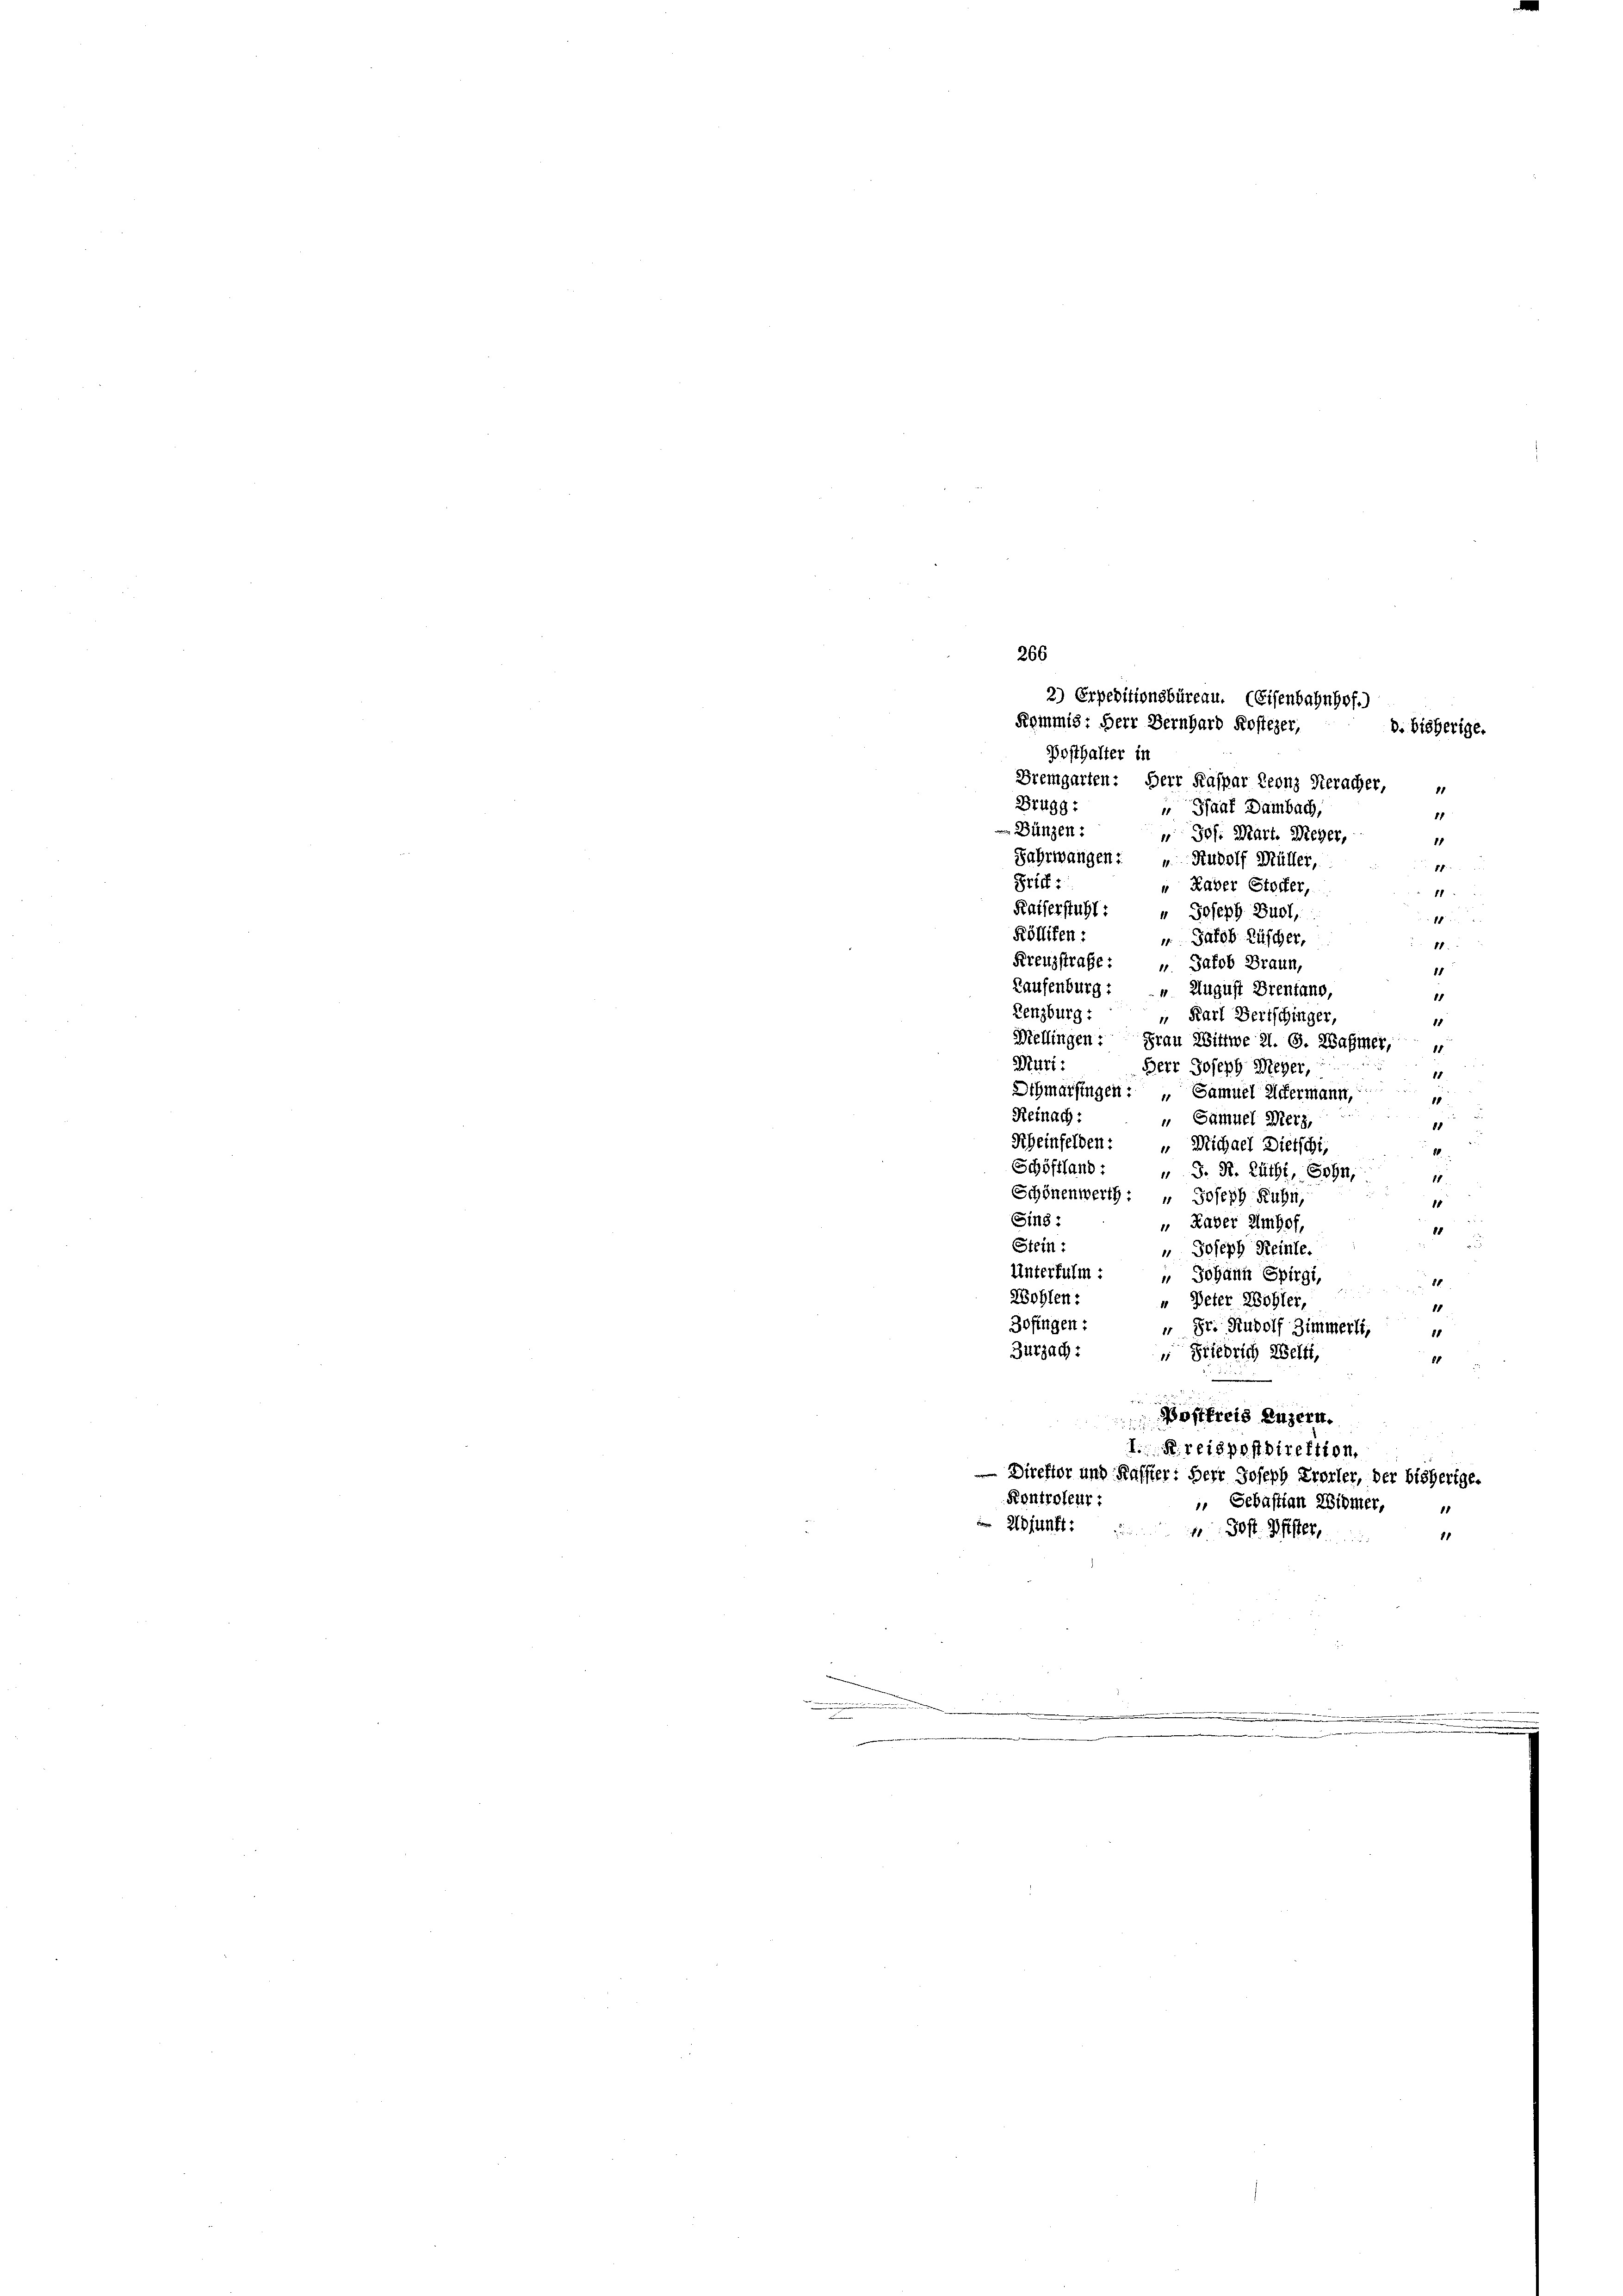
Bremgarten: Herr Kaspar Leonz Seracher,
Brugg:
Shaaf Dambach
11
 Bünzen:
" Joh. Mart. Wieger,
11
Fahrwangen: " Rudolf Müller,
17
Brief:
" Raver Stoffer,
11
Katterstuhl: " Joseph Burl,
1
Köllifen:
 Jakob Rüscher,
11.
2
Kreuzstrafe: „Jakob Braun,
11
Laufenburg: August Brentano,
11
Lenzburg: " Karl Bertschinger,
10
Wieflingen: Frau Wittwe A. S. Rahmer,
Muri: Herr Joseph Meyer,
15
Schmarsingen: „Samuel Ackermann,
1
Reinach:
" Samuel Merz,
88
Scheinfelden: " Michael Dietschi,
84.
Schöffland: „ S. R. Zücht, Sohn,
11
Schönenwerth: " Joseph Kuhn,
10
Sing:
 Kader Umhof,
1
u
Stein:
 Joseph Reinte.
Unterfulm:
 Johann Spirgi,
81
5
Wohlen:
" Peter Wohler,
18
Zofingen: " Fr. Rudolf Zimmerli,
81
Zurzach:
" Briedrich Welti,
81

Postfreis Luzern.
I.R. reispostdirektion,
Direktor und Kasster: Herr Joseph Trorler, der bisherige.
Kontroleur:
 Sebastian Widmer,
 Adjunkt: " Jos. Pfister,
11

.

2) Erpeditionsbüreau. (Eisenbahnhof.)
Kommis: Herr Bernhard Kostezer,
d. bisherige.
Posthalter in

266.

.
.